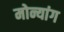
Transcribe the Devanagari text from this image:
मोन्यांग